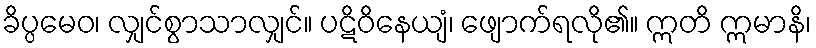
ခိပ္ပမေဝ၊ လျှင်စွာသာလျှင်။ ပဋိဝိနေယျံ၊ ဖျောက်ရလို၏။ ဣတိ ဣမာနိ၊